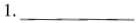
1.___